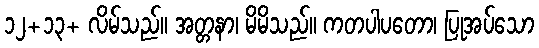
၁၂+၁၃+ လိမ်သည်။ အတ္တနာ၊ မိမိသည်။ ကတပါပတော၊ ပြုအပ်သော